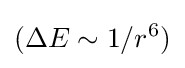
(\Delta E\sim 1/r^{6})